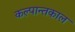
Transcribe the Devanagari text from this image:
कल्पान्तकाल